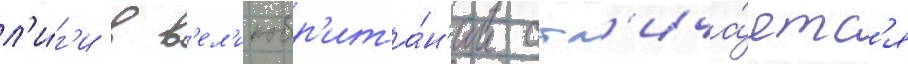
л'и́г'и в в'ел'икобр'ита́н'ии отл'ича́етс'я